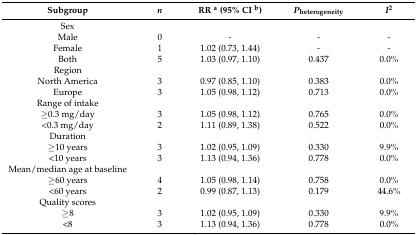
| Subgroup | n | RR a (95% CI b) | Pheterogeneity | I2 |
 | --- | --- | --- | --- | --- |
 | Sex | <COLSPAN=4>  |
 | Male | 0 | - | - | - |
 | Female | 1 | 1.02 (0.73, 1.44) | - | - |
 | Both | 5 | 1.03 (0.97, 1.10) | 0.437 | 0.0% |
 | Region | <COLSPAN=4>  |
 | North America | 3 | 0.97 (0.85, 1.10) | 0.383 | 0.0% |
 | Europe | 3 | 1.05 (0.98, 1.12) | 0.713 | 0.0% |
 | Range of intake | <COLSPAN=4>  |
 | ≥0.3 mg/day | 3 | 1.05 (0.98, 1.12) | 0.765 | 0.0% |
 | <0.3 mg/day | 2 | 1.11 (0.89, 1.38) | 0.522 | 0.0% |
 | Duration | <COLSPAN=4>  |
 | ≥10 years | 3 | 1.02 (0.95, 1.09) | 0.330 | 9.9% |
 | <10 years | 3 | 1.13 (0.94, 1.36) | 0.778 | 0.0% |
 | Mean/median age at baseline | <COLSPAN=4>  |
 | ≥60 years | 4 | 1.05 (0.98, 1.14) | 0.758 | 0.0% |
 | <60 years | 2 | 0.99 (0.87, 1.13) | 0.179 | 44.6% |
 | Quality scores | <COLSPAN=4>  |
 | ≥8 | 3 | 1.02 (0.95, 1.09) | 0.330 | 9.9% |
 | <8 | 3 | 1.13 (0.94, 1.36) | 0.778 | 0.0% |